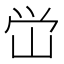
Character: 峃